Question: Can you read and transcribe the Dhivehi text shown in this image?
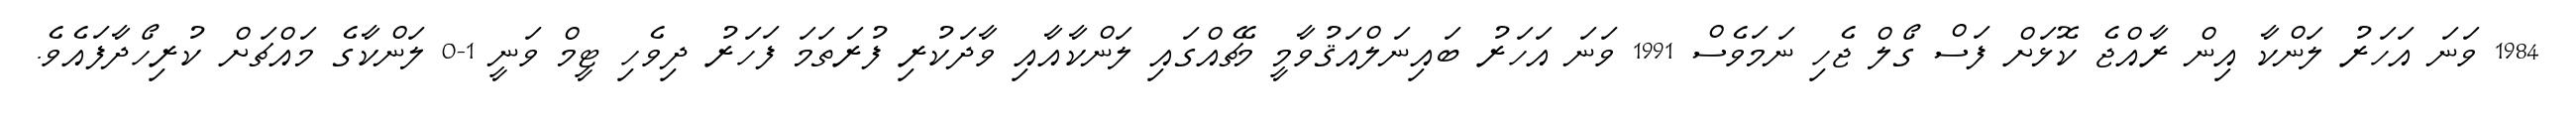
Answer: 1984 ވަނަ އަހަރު ލަންކާ އިން ރާއްޖެ ކޮޅަށް ފަސް ގޯލް ޖެހި ނަމަވެސް 1991 ވަނަ އަހަރު ބައިނަލްއަޤުވާމީ މެޗެއްގައި ލަންކާއާއި ވާދަކުރި ފުރަތަމަ ފަހަރު ދިވެހި ޓީމް ވަނީ 1-0 ލަންކާގެ މައްޗަށް ކުރިހޯދާފައެވެ.